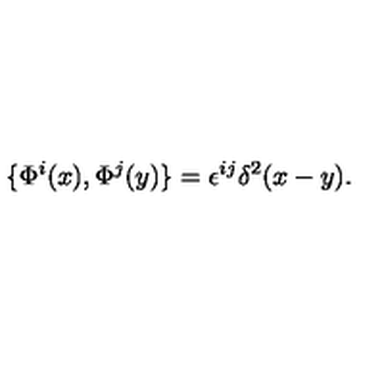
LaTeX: \{ \Phi ^ { i } ( x ) , \Phi ^ { j } ( y ) \} = \epsilon ^ { i j } \delta ^ { 2 } ( x - y ) .